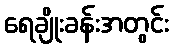
ရေချိုးခန်းအတွင်း